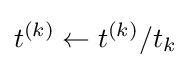
t^{(k)}\gets t^{(k)}/t_{k}